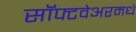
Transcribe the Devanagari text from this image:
सॉफ्टवेअरमधे